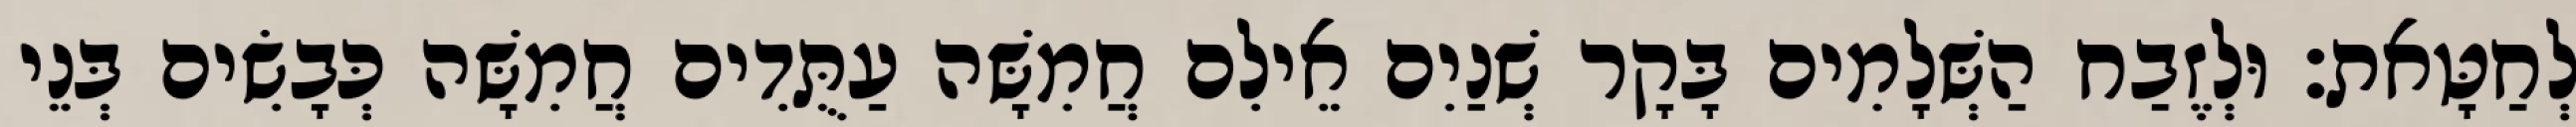
לְחַטָּאת׃ וּלְזֶבַח הַשְּׁלָמִים בָּקָר שְׁנַיִם אֵילִם חֲמִשָּׁה עַתֻּדִים חֲמִשָּׁה כְּבָשִׂים בְּנֵי